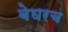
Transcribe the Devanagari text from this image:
बेघरच